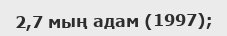
2,7 мың адам (1997);